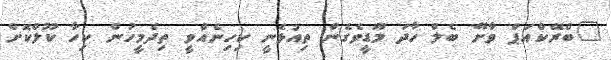
"ބްރޭކްއަޕް ވާށޭ ބެލް ހާދަ މޫޑީވެގެން ތިއުޅެނީ ކިހިނެއްވީ ތިދެމީހުން ކިހާ ކޫލްކޮށް